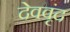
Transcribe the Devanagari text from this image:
देववृंद